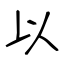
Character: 以